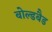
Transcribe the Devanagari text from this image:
बोल्डबैड